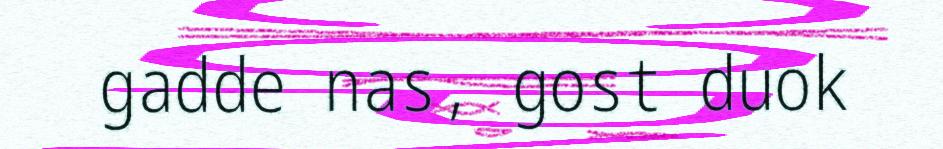
gadde nas, gost duok